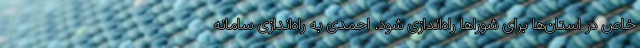
خاص در استان‌ها برای شوراها راه‌اندازی شود. احمدی به راه‌اندازی سامانه